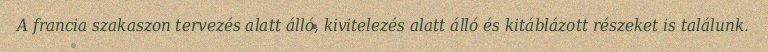
A francia szakaszon tervezés alatt álló, kivitelezés alatt álló és kitáblázott részeket is találunk.